65_HS1-834228961_62-HQ-83894_Serial_164
Agency: FBI
Page 106
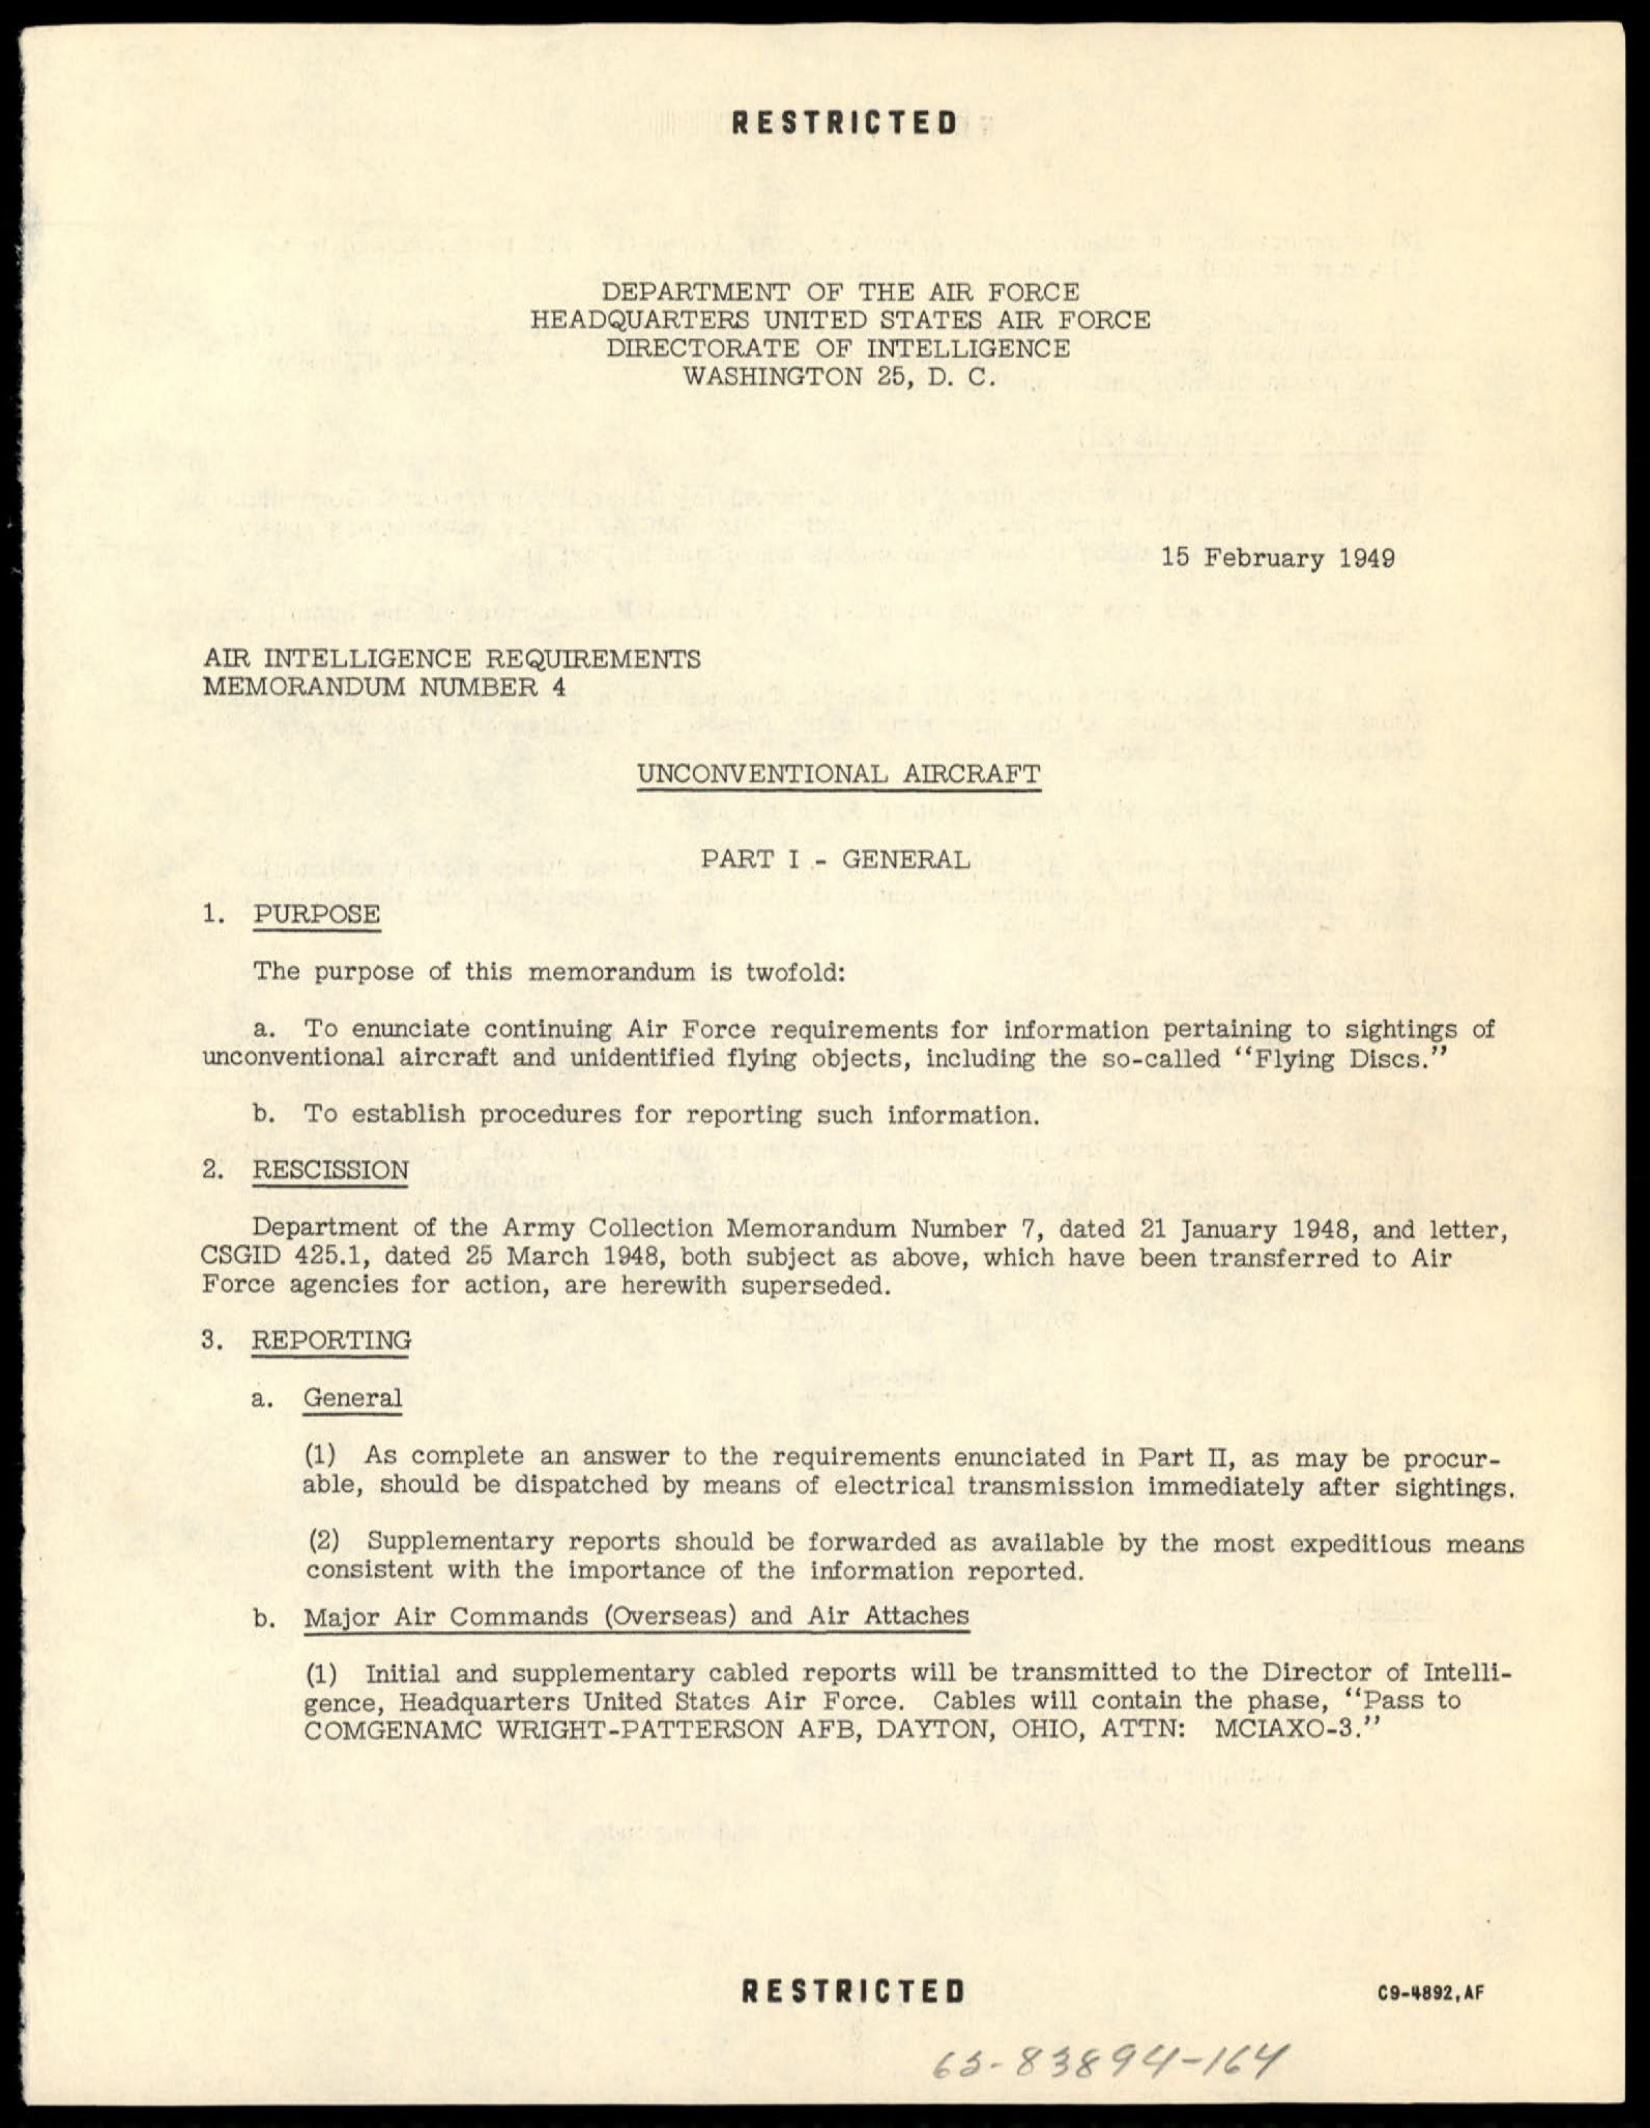